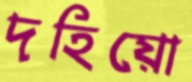
দহিয়ো